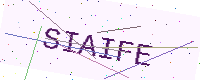
Text: SIAIFE